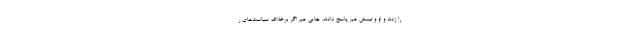
را زدند و او و تیمش هم پاسخ دادند. جایی هم اگر برخلاف سیاست‌های ر